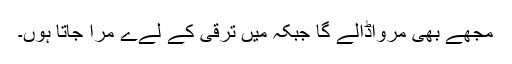
مجھے بھی مرواڈالے گا جبکہ میں ترقی کے لےے مرا جاتا ہوں۔